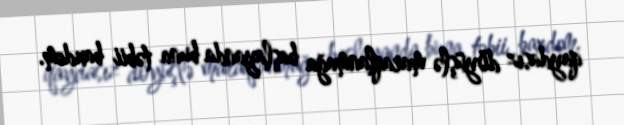
qaydasız döyüşlə maraqlanmağa başlayanda buna təbii baxdım.